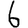
Digit: 6